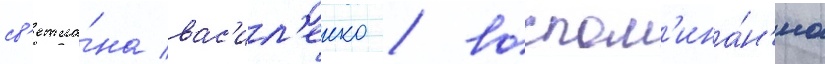
св'етла́на вас'ил'енко / воспом'ина́н'иа